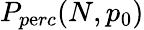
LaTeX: P_{p\mathrm{e}rc}(N,p_{0})